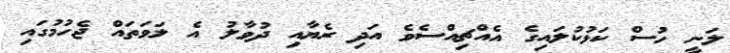
ލަނީ ހުސް ކަޅުކުލައިގެ އެއްޗިއްސެވެ އަދި ރެޔާއި ދުވާލު އެ ލަވަތައް ޖެހުމުގައި